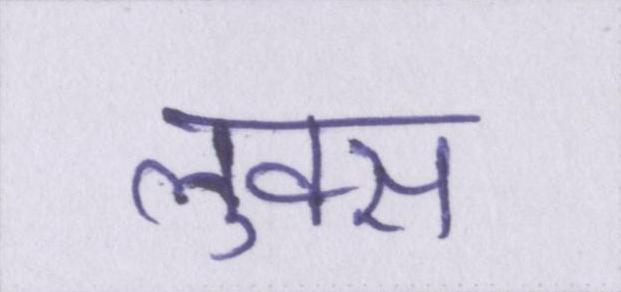
लुक्स